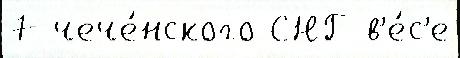
7 чече́нского СНГ в'е́с'е